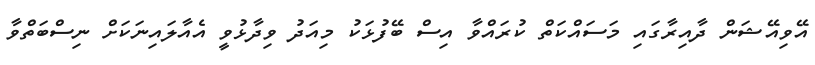
އޭވިއޭޝަން ދާއިރާގައި މަސައްކަތް ކުރައްވާ އިސް ބޭފުޅަކު މިއަދު ވިދާޅުވީ އެއާލައިނަކަށް ނިސްބަތްވާ